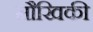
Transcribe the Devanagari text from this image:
मौखिकी